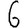
Digit: 6